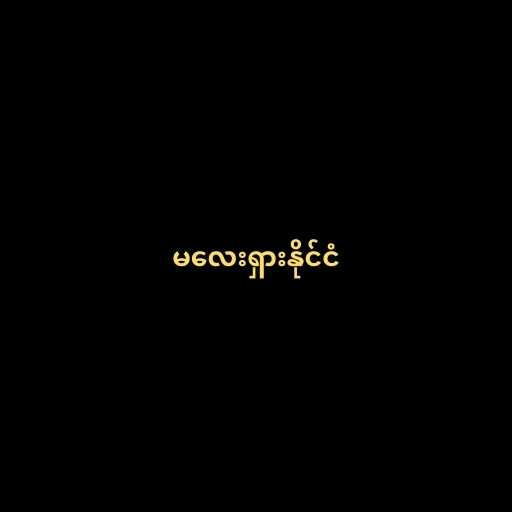
မလေးရှားနိုင်ငံ